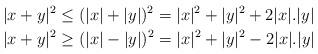
LaTeX: \begin{align*}|x + y|^2 & \le (|x| + |y|)^2 = |x|^2 + |y|^2 + 2|x|.|y| \\|x + y|^2 & \ge (|x| - |y|)^2 = |x|^2 + |y|^2 - 2|x|.|y| \end{align*}